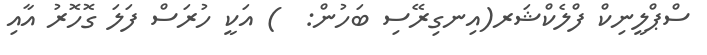
ސްޕްލީނިކް ފްލެކްޝަރ(އިނގިރޭސި ބަހުން:  ) އަކީ ހުރަސް ފަލަ ގޮހޮރު އާއި